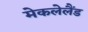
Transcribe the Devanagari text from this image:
मेकलेलैंड